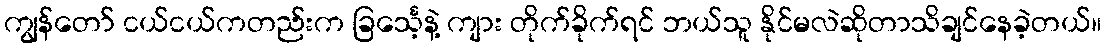
ကျွန်တော် ငယ်ငယ်ကတည်းက ခြင်္သေ့နဲ့ ကျား တိုက်ခိုက်ရင် ဘယ်သူ နိုင်မလဲဆိုတာသိချင်နေခဲ့တယ်။